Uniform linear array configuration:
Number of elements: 8
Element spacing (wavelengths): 0.25
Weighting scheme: blackman
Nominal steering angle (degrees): -60
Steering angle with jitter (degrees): -61.8
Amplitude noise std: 0.05
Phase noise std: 0.05

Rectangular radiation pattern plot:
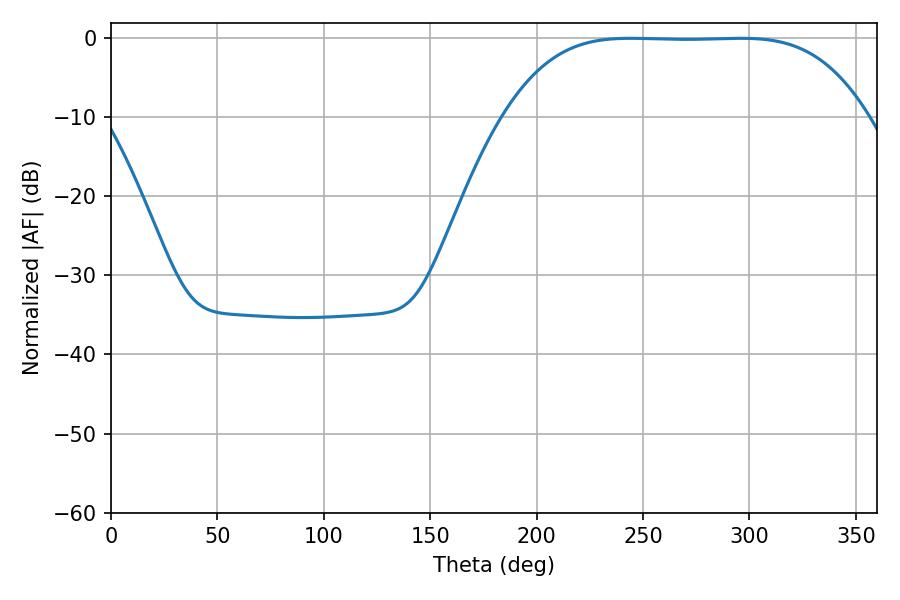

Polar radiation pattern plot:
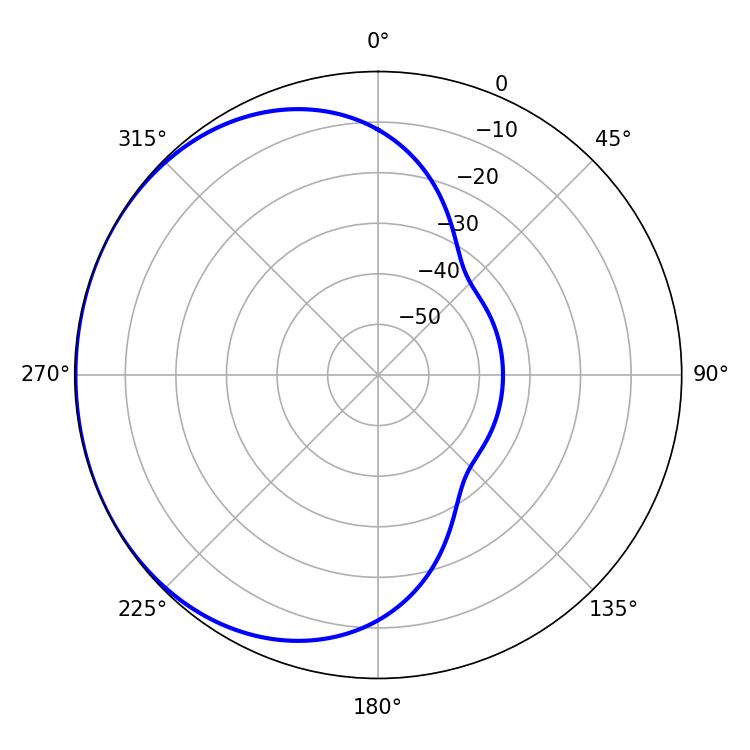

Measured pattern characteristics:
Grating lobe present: FALSE
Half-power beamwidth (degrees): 129.24
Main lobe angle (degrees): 295.92